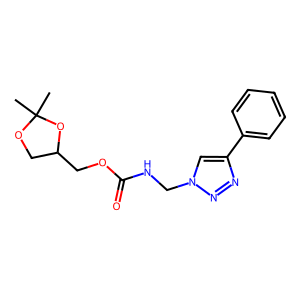
SMILES: CC1(C)OCC(COC(=O)NCn2cc(-c3ccccc3)nn2)O1
Inhibits HIV replication: No